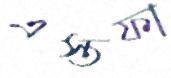
এস্তফা